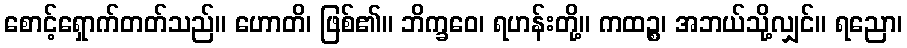
စောင့်ရှောက်တတ်သည်။ ဟောတိ၊ ဖြစ်၏။ ဘိက္ခဝေ၊ ရဟန်းတို့။ ကထဉ္စ၊ အဘယ်သို့လျှင်။ ရညော၊